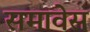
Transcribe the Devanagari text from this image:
समावेस